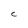
Character: C